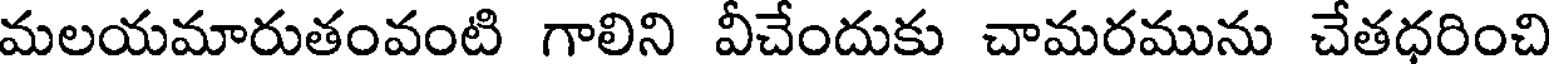
మలయమారుతంవంటి గాలిని వీచేందుకు చామరమును చేతధరించి